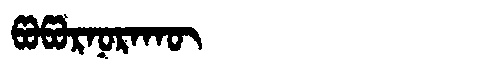
Manchu: ᡦᠣᡦᠣᡵᠨᠣᡵᠠᡴᡡ
Romanization: POPORNORAKŪ